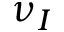
\nu _ { I }